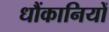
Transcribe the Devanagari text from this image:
धौंकानियों